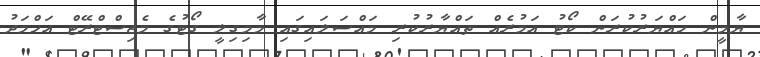
ޔާމީން ހައްޔަރުކުރަން ކޯޓު އަމުރެއް ތައްޔާރުކުރި މައްސަލައިގައި މާމިގިލީ ގޯޓުގެ މެޖިސްޓްރޭޓް އަހްމަދު